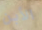
الأبن